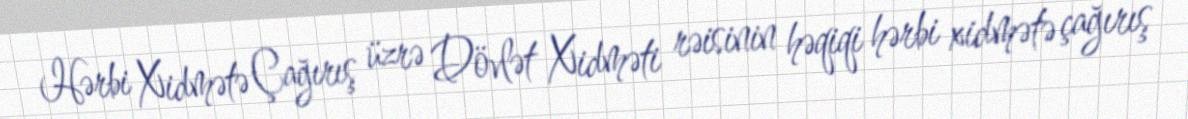
Hərbi Xidmətə Çağırış üzrə Dövlət Xidməti rəisinin həqiqi hərbi xidmətə çağırış